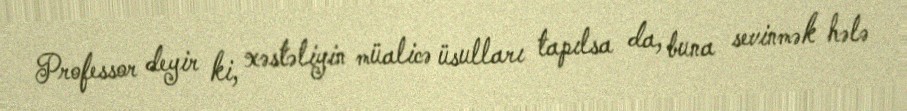
Professor deyir ki, xəstəliyin müalicə üsulları tapılsa da, buna sevinmək hələ